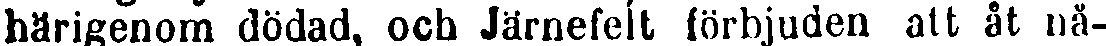
härigenom dödad, och Järnefelt förbjuden alt åt nä-